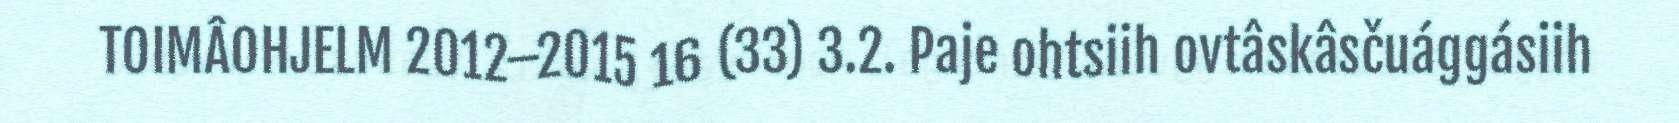
TOIMÂOHJELM 2012–2015 16 (33) 3.2. Paje ohtsiih ovtâskâsčuággásiih